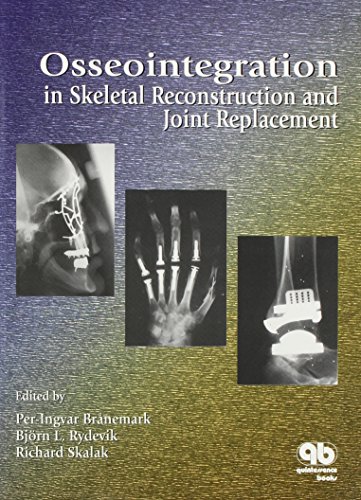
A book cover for Osseointegration in Skeletal Reconstruction and Joint Replacement; Per-Ingva Branemark; Medical Books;